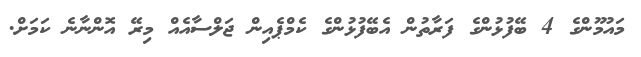
މައުމޫންގެ 4 ބޭފުޅުންގެ ފަރާތުން އެބޭފުޅުންގެ ކެމްޕެއިން ޖަލްސާއެއް މިރޭ އޮންނާނެ ކަމަށް.